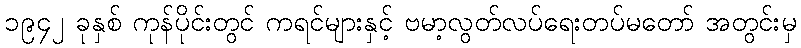
၁၉၄၂ ခုနှစ် ကုန်ပိုင်းတွင် ကရင်များနှင့် ဗမာ့လွတ်လပ်ရေးတပ်မတော် အတွင်းမှ